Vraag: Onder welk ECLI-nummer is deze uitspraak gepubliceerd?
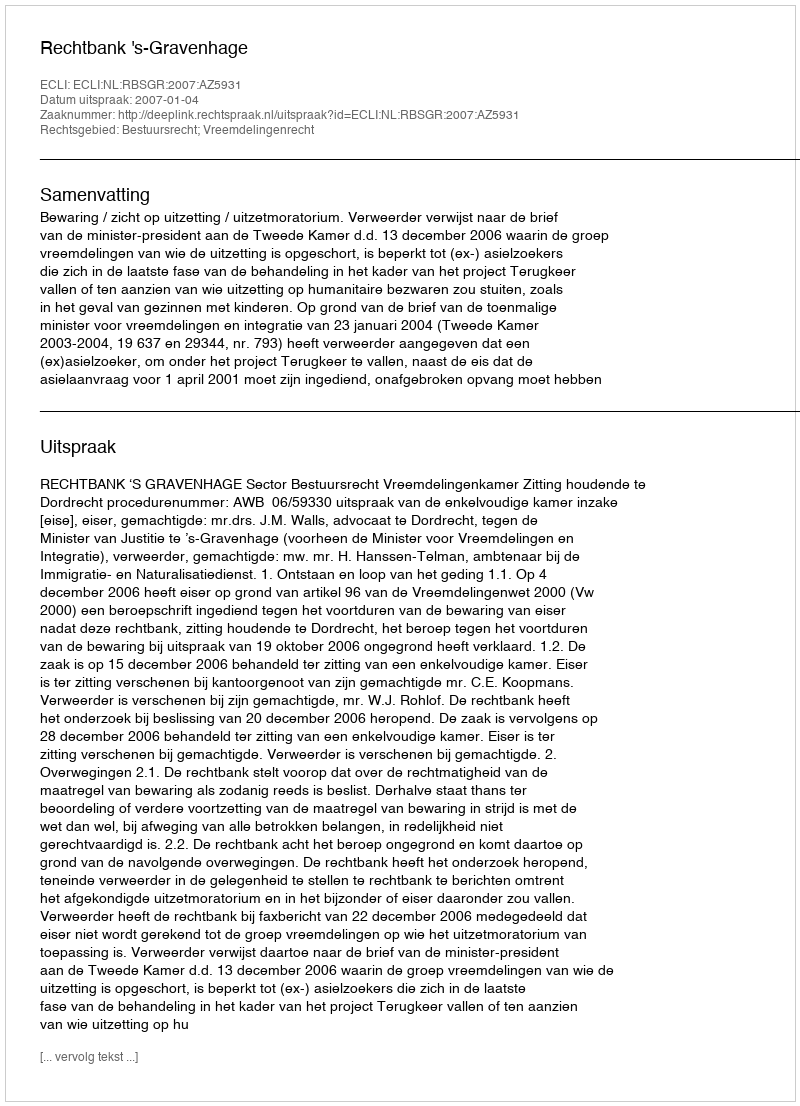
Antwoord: ECLI:NL:RBSGR:2007:AZ5931